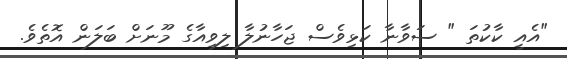
"އެއީ ކާކުތަ " ސަވާނާ ކަޅިވެސް ޖަހާނުލާ ލިވިއާގެ މޫނަށް ބަލަން އޮތެވެ.